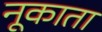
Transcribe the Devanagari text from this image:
नूकाता